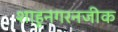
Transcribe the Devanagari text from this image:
शाहूनगरनजीक